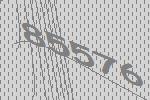
85576